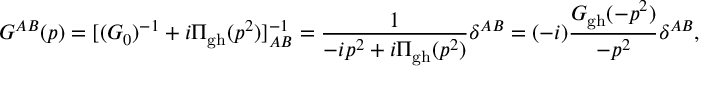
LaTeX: G ^ { A B } ( p ) = [ ( G _ { 0 } ) ^ { - 1 } + i \Pi _ { \mathrm { g h } } ( p ^ { 2 } ) ] _ { A B } ^ { - 1 } = { \frac { 1 } { - i p ^ { 2 } + i \Pi _ { \mathrm { g h } } ( p ^ { 2 } ) } } \delta ^ { A B } = ( - i ) { \frac { G _ { \mathrm { g h } } ( - p ^ { 2 } ) } { - p ^ { 2 } } } \delta ^ { A B } ,